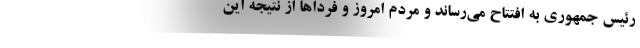
رئیس جمهوری به افتتاح می‌رساند و مردم امروز و فرداها از نتیجه این